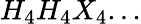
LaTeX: H_{4}H_{4}X_{4}...